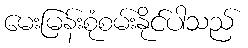
မေးမြန်းစုံစမ်းနိုင်ပါသည်